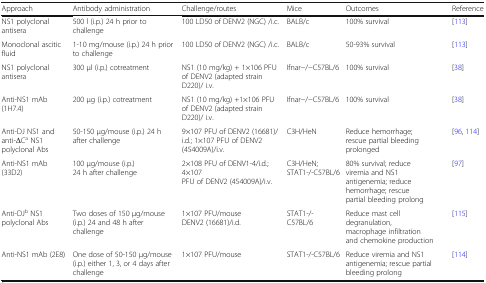
<table><thead><tr><td><b>Approach</b></td><td><b>Antibody administration</b></td><td><b>Challenge/routes</b></td><td><b>Mice</b></td><td><b>Outcomes</b></td><td><b>Reference</b></td></tr></thead><tbody><tr><td>NS1 polyclonal antisera</td><td>500 l (i.p.) 24 h prior to challenge</td><td>100 LD50 of DENV2 (NGC) /i.c.</td><td>BALB/c</td><td>100% survival</td><td>[113]</td></tr><tr><td>Monoclonal ascitic fluid</td><td>1-10 mg/mouse (i.p.) 24 h prior to challenge</td><td>100 LD50 of DENV2 (NGC) /i.c.</td><td>BALB/c</td><td>50-93% survival</td><td>[113]</td></tr><tr><td>NS1 polyclonal antisera</td><td>300 μl (i.p.) cotreatment</td><td>NS1 (10 mg/kg) + 1×106 PFU of DENV2 (adapted strain D220)/ i.v.</td><td>Ifnar−/−C57BL/6</td><td>100% survival</td><td>[38]</td></tr><tr><td>Anti-NS1 mAb (1H7.4)</td><td>200 μg (i.p.) cotreatment</td><td>NS1 (10 mg/kg) +1×106 PFU of DENV2 (adapted strain D220)/ i.v.</td><td>Ifnar−/−C57BL/6</td><td>100% survival</td><td>[38]</td></tr><tr><td>Anti-DJ NS1 and anti-ΔC<sup>a</sup> NS1 polyclonal Abs</td><td>50-150 μg/mouse (i.p.) 24 h after challenge</td><td>9×107 PFU of DENV2 (16681)/i.d.; 1×107 PFU of DENV2 (454009A)/i.v.</td><td>C3H/HeN</td><td>Reduce hemorrhage; rescue partial bleeding prolonged</td><td>[96, 114]</td></tr><tr><td>Anti-NS1 mAb (33D2)</td><td>100 μg/mouse (i.p.)24 h after challenge</td><td>2×108 PFU of DENV1-4/i.d.; 4×107PFU of DENV2 (454009A)/i.v.</td><td>C3H/HeN; STAT1-/-C57BL/6</td><td>80% survival; reduce viremia and NS1 antigenemia; reduce hemorrhage; rescue partial bleeding prolong</td><td>[97]</td></tr><tr><td>Anti-DJ<sup>b</sup> NS1 polyclonal Abs</td><td>Two doses of 150 μg/mouse (i.p.) 24 and 48 h after challenge</td><td>1×107 PFU/mouseDENV2 (16681)/i.d.</td><td>STAT1-/-C57BL/6</td><td>Reduce mast cell degranulation, macrophage infiltration and chemokine production</td><td>[115]</td></tr><tr><td>Anti-NS1 mAb (2E8)</td><td>One dose of 50-150 μg/mouse (i.p.) either 1, 3, or 4 days after challenge</td><td>1×107 PFU/mouse</td><td>STAT1-/-C57BL/6</td><td>Reduce viremia and NS1 antigenemia; rescue partial bleeding prolong</td><td>[114]</td></tr></tbody></table>